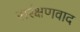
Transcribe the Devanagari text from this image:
सरंक्षणवाद